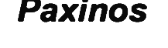
Paxinos